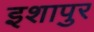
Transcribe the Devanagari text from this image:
इशापुर